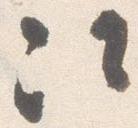
次